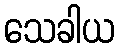
သေခါယ